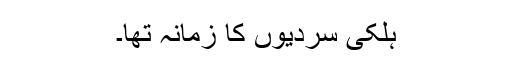
ہلکی سردیوں کا زمانہ تھا۔